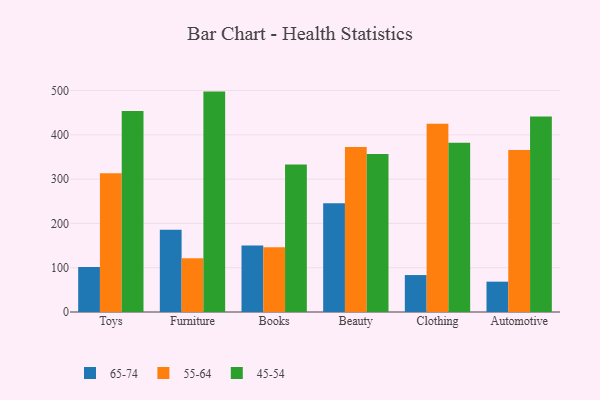
{"axis": {"x": "Category", "y": "Shipments"}, "legend": ["45-54", "55-64", "65-74"], "data": [{"x": "Toys", "y": 101.4, "type": "65-74"}, {"x": "Toys", "y": 313.5, "type": "55-64"}, {"x": "Toys", "y": 454.0, "type": "45-54"}, {"x": "Furniture", "y": 185.9, "type": "65-74"}, {"x": "Furniture", "y": 121.1, "type": "55-64"}, {"x": "Furniture", "y": 497.6, "type": "45-54"}, {"x": "Books", "y": 150.0, "type": "65-74"}, {"x": "Books", "y": 146.2, "type": "55-64"}, {"x": "Books", "y": 332.8, "type": "45-54"}, {"x": "Beauty", "y": 245.6, "type": "65-74"}, {"x": "Beauty", "y": 372.5, "type": "55-64"}, {"x": "Beauty", "y": 357.0, "type": "45-54"}, {"x": "Clothing", "y": 83.4, "type": "65-74"}, {"x": "Clothing", "y": 424.9, "type": "55-64"}, {"x": "Clothing", "y": 382.2, "type": "45-54"}, {"x": "Automotive", "y": 68.5, "type": "65-74"}, {"x": "Automotive", "y": 365.5, "type": "55-64"}, {"x": "Automotive", "y": 441.3, "type": "45-54"}]}